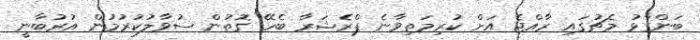
ބަންގާޅު މެޗުގައި ރާއްޖެ އަށް ކުރިމަތިވާނެ ޕްރެޝަރާ ބެހޭ ގޮތުން ސުވާލުކުރުމުން އުރުބާނީ